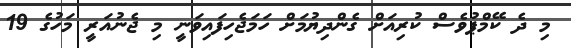
މި ދެ ކޭމްޕުވެސް ކުރިއަށް ގެންދިޔުމަށް ހަމަޖެހިފައިވަނީ މި ޖެނުއަރީ މަހުގެ 19